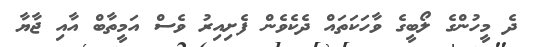
ދެ މީހުންގެ ލޯބީގެ ވާހަކަތައް ދެކެވެން ފެށިއިރު ވެސް އަމީތާބް އާއި ޖާޔާ